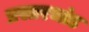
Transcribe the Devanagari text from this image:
प्रस्तरभांड